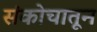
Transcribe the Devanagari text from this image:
संकोचातून